Report on the metropolitan horse fairs and district horse shows of 1892-93 - 1892-1893
Year: 1892
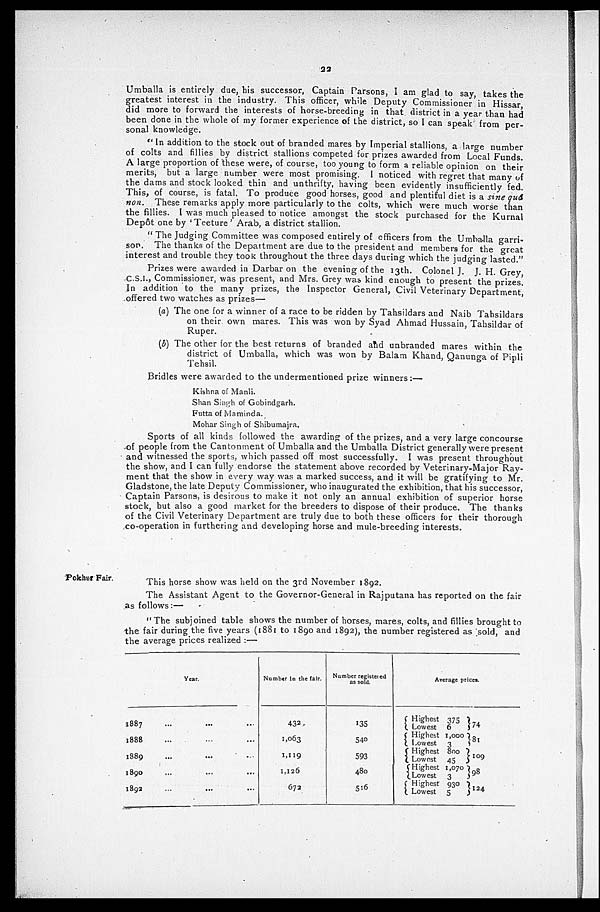
22
Umballa is entirely due, his successor, Captain Parsons, I am glad to say, takes the
greatest interest in the industry. This officer, while Deputy Commissioner in Hissar,
did more to forward the interests of horse-breeding in that district in a year than had
been done in the whole of my former experience of the district, so I can speak from per-
sonal knowledge.
"In addition to the stock out of branded mares by Imperial stallions, a large number
of colts and fillies by district stallions competed for prizes awarded from Local Funds.
A large proportion of these were, of course, too young to form a reliable opinion on their
merits, but a large number were most promising. I noticed with regret that many of
the dams and stock looked thin and unthrifty, having been evidently insufficiently fed.
This, of course, is fatal. To produce good horses, good and plentiful diet is a sine quá
non. These remarks apply more particularly to the colts, which were much worse than
the fillies. I was much pleased to notice amongst the stock purchased for the Kurnal
Depôt one by 'Teeture' Arab, a district stallion.
"The Judging Committee was composed entirely of officers from the Umballa garri-
son. The thanks of the Department are due to the president and members for the great
interest and trouble they took throughout the three days during which the judging lasted."
Prizes were awarded in Darbar on the evening of the 13th. Colonel J. J. H. Grey,
C.S.I., Commissioner, was present, and Mrs. Grey was kind enough to present the prizes.
In addition to the many prizes, the Inspector General, Civil Veterinary Department,
offered two watches as prizes—
(a) The one for a winner of a race to be ridden by Tahsildars and Naib Tahsildars
on their own mares. This was won by Syad Ahmad Hussain, Tahsildar of
Ruper.
(b) The other for the best returns of branded and unbranded mares within the
district of Umballa, which was won by Balam Khand, Qanunga of Pipli
Tehsil.
Bridles were awarded to the undermentioned prize winners:—
Kishna of Manli.
Shan Singh of Gobindgarh.
Futta of Maminda.
Mohar Singh of Shibumajra.
Sports of all kinds followed the awarding of the prizes, and a very large concourse
of people from the Cantonment of Umballa and the Umballa District generally were present
and witnessed the sports, which passed off most successfully. I was present throughout
the show, and I can fully endorse the statement above recorded by Veterinary-Major Ray-
ment that the show in every way was a marked success, and it will be gratifying to Mr.
Gladstone, the late Deputy Commissioner, who inaugurated the exhibition, that his successor,
Captain Parsons, is desirous to make it not only an annual exhibition of superior horse
stock, but also a good market for the breeders to dispose of their produce. The thanks
of the Civil Veterinary Department are truly due to both these officers for their thorough
co-operation in furthering and developing horse and mule-breeding interests.
Pokhur Fair.
This horse show was held on the 3rd November 1892.
The Assistant Agent to the Governor-General in Rajputana has reported on the fair
as follows:—
"The subjoined table shows the number of horses, mares, colts, and fillies brought to
the fair during the five years (1881 to 1890 and 1892), the number registered as sold, and
the average prices realized:—
Year.
1887 ... ... ...
1888 ... ... ...
1889 ... ... ...
1890 ... ... ...
1892 ... ... ...
Number in the fair.
432
1,063
1,119
1,126
672
Number registered
as sold.
135
540
593
480
516
Average prices.
Highest 375
Lowest 6
Highest 1,000
Lowest 3
Highest 800
Lowest 45
Highest 1070
Lowest 3
Highest 930
Lowest 5
74
81
109
98
124